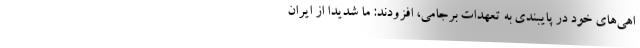
اهی‌های خود در پایبندی به تعهدات برجامی، افزودند: ما شدیداً از ایران